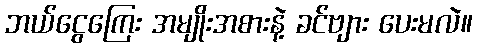
ဘယ်ငွေကြေး အမျိုးအစားနဲ့ ခင်ဗျား ပေးမလဲ။